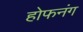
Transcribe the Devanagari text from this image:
होफनंग